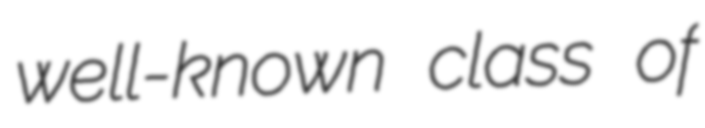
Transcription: well-known class of